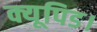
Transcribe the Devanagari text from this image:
क्यूपिड।